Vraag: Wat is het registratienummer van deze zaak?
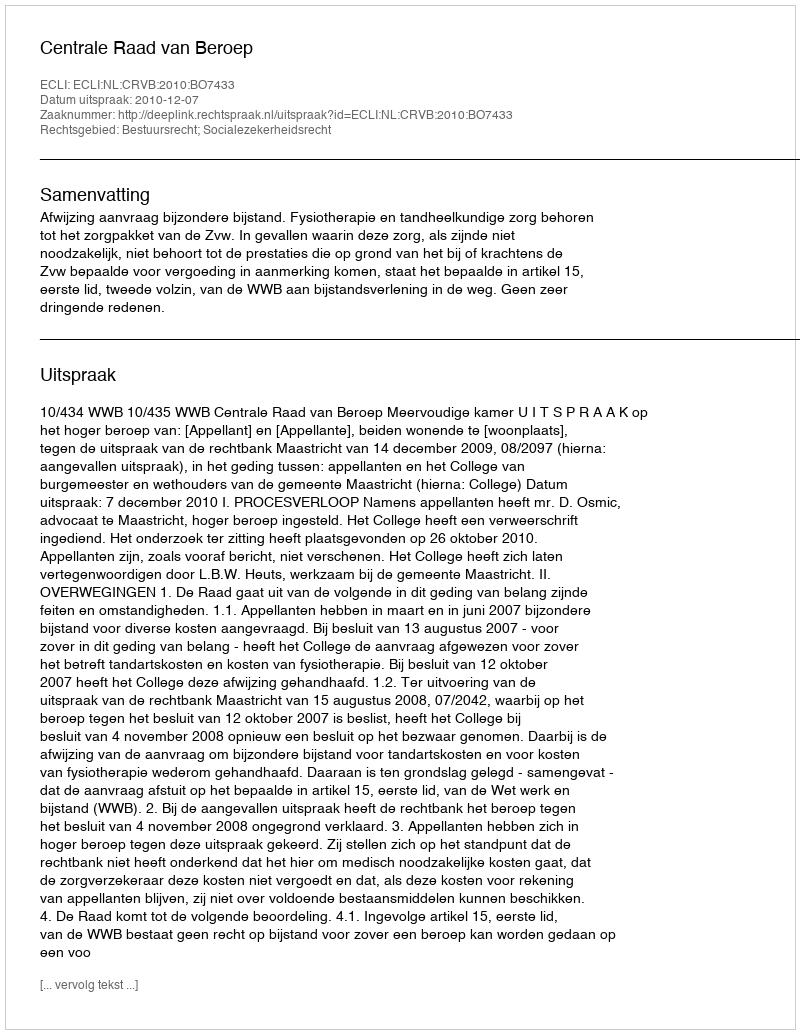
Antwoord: http://deeplink.rechtspraak.nl/uitspraak?id=ECLI:NL:CRVB:2010:BO7433